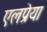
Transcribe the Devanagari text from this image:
एलप्रेया